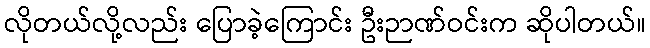
လိုတယ်လို့လည်း ပြောခဲ့ကြောင်း ဦးဉာဏ်ဝင်းက ဆိုပါတယ်။